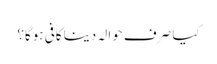
کیا صرف حوالہ دینا کافی ہوگا؟